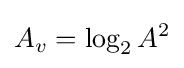
A_{v}=\log _{2}A^{2}